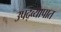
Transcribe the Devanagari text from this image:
उपद्व्यापात